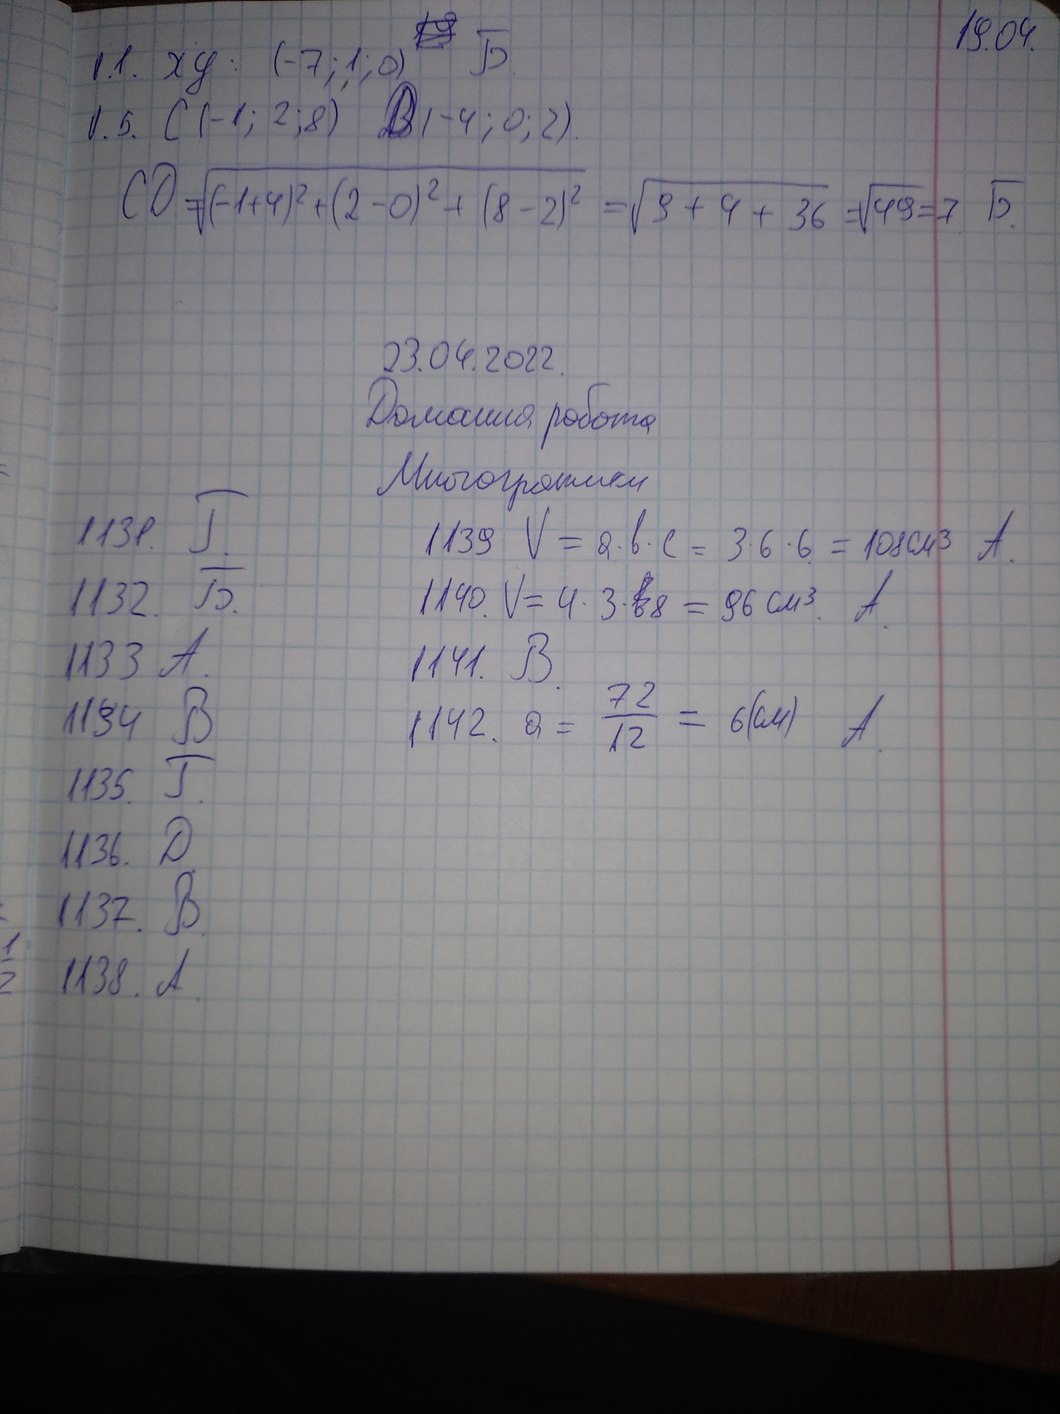
19.04
0.1.
Б
xy: (-7; 1; 0)
С (-1; 2; 8)
D (-4; 0; 2)
0.5.
CD = \sqrt{(-1 + 4)^2 + (2 - 0)^2 + (8 - 2)^2} = \sqrt{9 + 4 + 36} = \sqrt{49} = 7
Б.
23.04.2022.
Домашня робота
Многогранники
1131. Г.
1139.  V = a * b * c = 3 * 6 * 6 = 108 см^3 A.
1140. V = 4 * 3 * 8 = 96 см^3. А.
1132. Б.
1133. А.
1141. B
1134. В.
1142. a = \frac{72}{12} = 6 (см) A.
1135. Г.
1136. Д.
1137. B.
1138. A.